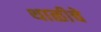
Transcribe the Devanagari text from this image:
थाळीचे